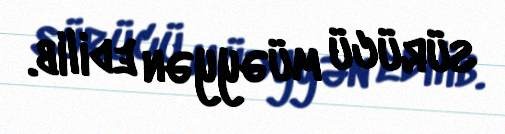
sürücü müəyyən edilib.